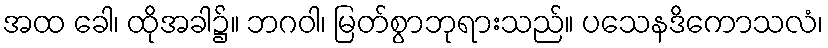
အထ ခေါ၊ ထိုအခါ၌။ ဘဂဝါ၊ မြတ်စွာဘုရားသည်။ ပသေနဒိကောသလံ၊